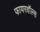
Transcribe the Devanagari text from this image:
फायरवॉल्स